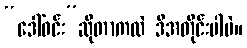
“ဒေါ်ဝင်း”ဆိုတာကလဲ ဒီအတိုင်းပါပဲ။